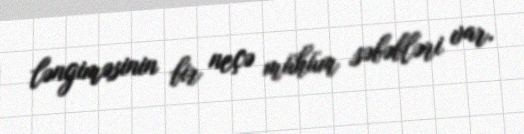
ləngiməsinin bir neçə mühüm səbəbləri var.